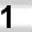
Digit: 1